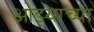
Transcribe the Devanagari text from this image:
ओझ्याच्या